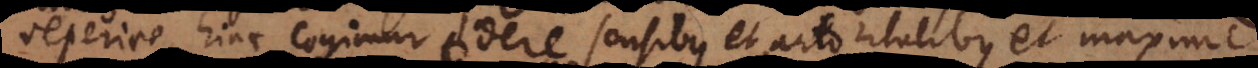
reperire, hinc cogimur fidere sensibus et autoritatibus et maxime